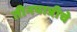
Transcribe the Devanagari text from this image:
तीनपात्रीचे